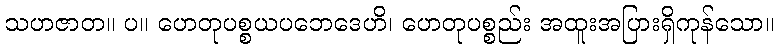
သဟဇာတ။ ပ။ ဟေတုပစ္စယပဘေဒေဟိ၊ ဟေတုပစ္စည်း အထူးအပြားရှိကုန်သော။